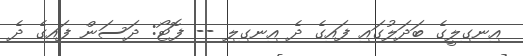
އިނގިލީގެ ބަދަލުގައި ފައިގެ ދެ އިނގިލި -- ފޮޓޯ: ދަސަން ފައިގެ ދެ